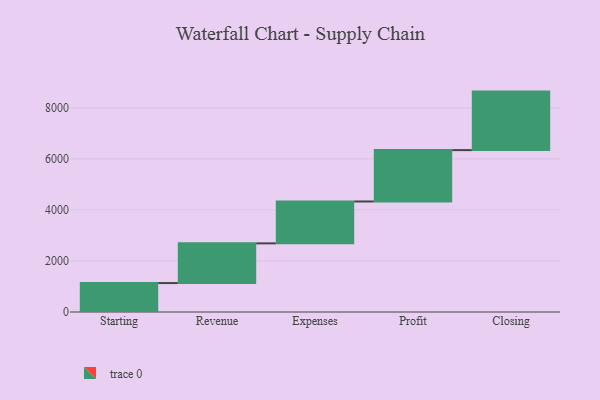
{"axis": {"x": "Step", "y": "Value"}, "legend": [""], "data": [{"x": "Starting", "y": 1134.0, "type": ""}, {"x": "Revenue", "y": 1556.0, "type": ""}, {"x": "Expenses", "y": 1641.0, "type": ""}, {"x": "Profit", "y": 2013.0, "type": ""}, {"x": "Closing", "y": 2293.0, "type": ""}]}